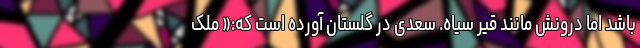
باشد اما درونش مانند قیر سیاه. سعدی در گلستان آورده است که:« مَلِک